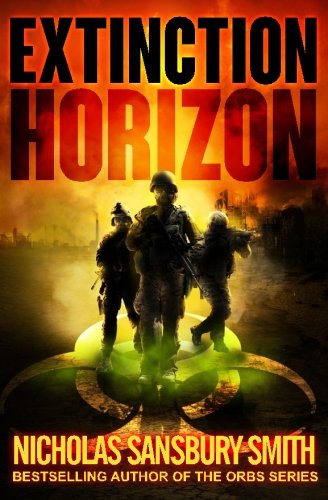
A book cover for Extinction Horizon (The Extinction Cycle) (Volume 1); Nicholas Sansbury Smith; Science Fiction & Fantasy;